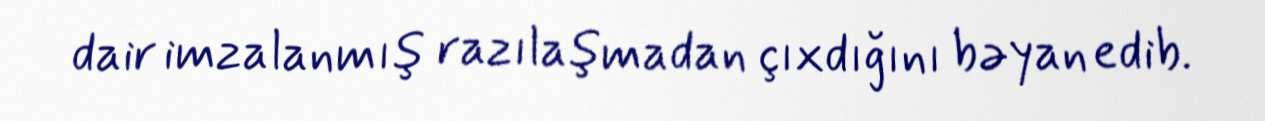
dair imzalanmış razılaşmadan çıxdığını bəyan edib.